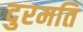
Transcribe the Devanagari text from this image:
दुरमति